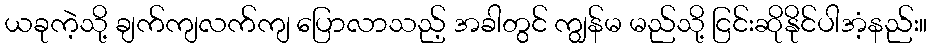
ယခုကဲ့သို့ ချက်ကျလက်ကျ ပြောလာသည့် အခါတွင် ကျွန်မ မည်သို့ ငြင်းဆိုနိုင်ပါအံ့နည်း။